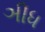
ઞીધ